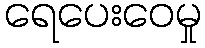
ရေပေးဝေမှု